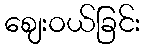
ဈေးဝယ်ခြင်း